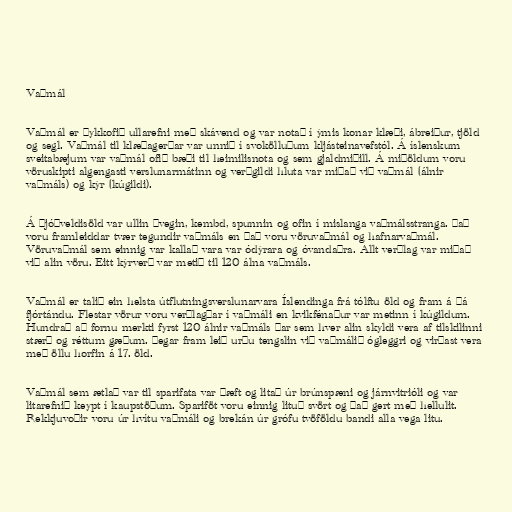
Vaðmál

Vaðmál er þykkofið ullarefni með skávend og var notað í ýmis konar klæði, ábreiður, tjöld
og segl. Vaðmál til klæðagerðar var unnið í svokölluðum kljásteinavefstól. Á íslenskum
sveitabæjum var vaðmál ofið bæði til heimilisnota og sem gjaldmiðill. Á miðöldum voru
vöruskipti algengasti verslunarmátinn og verðgildi hluta var miðað við vaðmál (álnir
vaðmáls) og kýr (kúgildi).

Á þjóðveldisöld var ullin þvegin, kembd, spunnin og ofin í mislanga vaðmálsstranga. Það
voru framleiddar tvær tegundir vaðmáls en það voru vöruvaðmál og hafnarvaðmál.
Vöruvaðmál sem einnig var kallað vara var ódýrara og óvandaðra. Allt verðlag var miðað
við alin vöru. Eitt kýrverð var metið til 120 álna vaðmáls.

Vaðmál er talið ein helsta útflutningsverslunarvara Íslendinga frá tólftu öld og fram á þá
fjórtándu. Flestar vörur voru verðlagðar í vaðmáli en kvikfénaður var metinn í kúgildum.
Hundrað að fornu merkti fyrst 120 álnir vaðmáls þar sem hver alin skyldi vera af tilskilinni
stærð og réttum gæðum. Þegar fram leið urðu tengslin við vaðmálið ógleggri og virðast vera
með öllu horfin á 17. öld.

Vaðmál sem ætlað var til sparifata var þæft og litað úr brúnspæni og járnvitrióli og var
litarefnið keypt í kaupstöðum. Spariföt voru einnig lituð svört og það gert með hellulit.
Rekkjuvoðir voru úr hvítu vaðmáli og brekán úr grófu tvöföldu bandi alla vega litu.